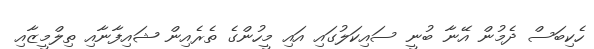
ހެކިބަސް ދެމުން އޭނާ ބުނީ ސައިކަލުގައި އައި މީހުންގެ ތެރެއިން ޝައިފާނާއި ތިލްމީޒާއި